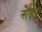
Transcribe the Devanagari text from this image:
सेड़ा